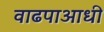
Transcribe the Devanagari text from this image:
वाढपाआधी